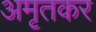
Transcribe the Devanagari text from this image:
अमृतकर